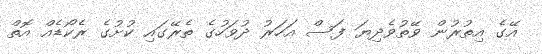
އޭގެ އިތުރުން ވޭތުވެދިޔަ ފަސް އަހަރު ދުވަހުގެ ތެރޭގައި ކުށުގެ ރެކޯޑެއް އޮތް